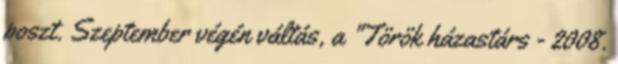
poszt. Szeptember végén váltás, a "Török házastárs - 2008.